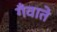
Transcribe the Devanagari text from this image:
गँवाते